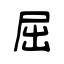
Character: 屈